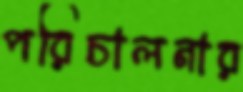
পরিচালনার